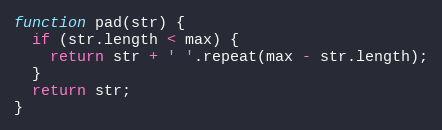
Language: JavaScript
function pad(str) {
  if (str.length < max) {
    return str + ' '.repeat(max - str.length);
  }
  return str;
}